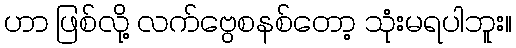
ဟာ ဖြစ်လို့ လက်ဗွေစနစ်တော့ သုံးမရပါဘူး။